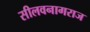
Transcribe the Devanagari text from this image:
सीलवनागराज